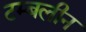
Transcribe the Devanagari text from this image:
टम्बलीन